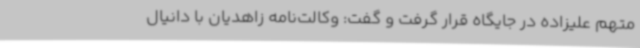
متهم علیزاده در جایگاه قرار گرفت و گفت: وکالت‌نامه زاهدیان با دانیال